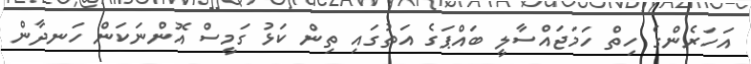
އަހަރެންގެ ހިތް ހަމަޖައްސާލީ ބައްޕަގެ އަތުގައި ތިން ކަޅު ގަމީސް އޮންނަކަން ހަނދާން